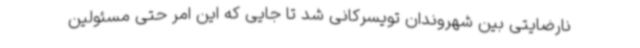
نارضایتی بین شهروندان تویسرکانی شد تا جایی که این امر حتی مسئولین